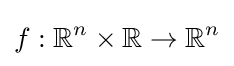
f:\mathbb {R} ^{n}\times \mathbb {R} \to \mathbb {R} ^{n}